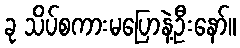
ခု သိပ်စကားမပြောနဲ့ဦးနော်။